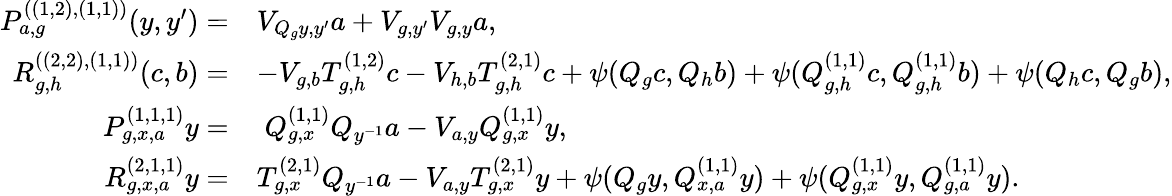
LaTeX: \begin{array}{rl}{P_{a,g}^{((1,2),(1,1))}(y,y^{\prime})=}&{V_{Q_{g}y,y^{\prime}}a+V_{g,y^{\prime}}V_{g,y}a,}\\ {R_{g,h}^{((2,2),(1,1))}(c,b)=}&{-V_{g,b}T_{g,h}^{(1,2)}c-V_{h,b}T_{g,h}^{(2,1)}c+\psi(Q_{g}c,Q_{h}b)+\psi(Q_{g,h}^{(1,1)}c,Q_{g,h}^{(1,1)}b)+\psi(Q_{h}c,Q_{g}b),}\\ {P_{g,x,a}^{(1,1,1)}y=}&{\; Q_{g,x}^{(1,1)}Q_{y^{-1}}a-V_{a,y}Q_{g,x}^{(1,1)}y,}\\ {R_{g,x,a}^{(2,1,1)}y=}&{T_{g,x}^{(2,1)}Q_{y^{-1}}a-V_{a,y}T_{g,x}^{(2,1)}y+\psi(Q_{g}y,Q_{x,a}^{(1,1)}y)+\psi(Q_{g,x}^{(1,1)}y,Q_{g,a}^{(1,1)}y).}\end{array}